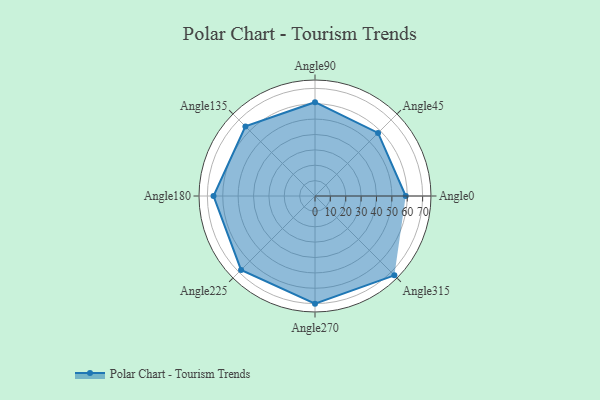
{"axis": {"x": "Angle", "y": "Radius"}, "legend": [""], "data": [{"x": "Angle0", "y": 59.0, "type": ""}, {"x": "Angle45", "y": 58.0, "type": ""}, {"x": "Angle90", "y": 61.0, "type": ""}, {"x": "Angle135", "y": 64.0, "type": ""}, {"x": "Angle180", "y": 66.0, "type": ""}, {"x": "Angle225", "y": 68.0, "type": ""}, {"x": "Angle270", "y": 70.0, "type": ""}, {"x": "Angle315", "y": 73.0, "type": ""}]}